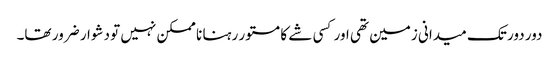
دور دور تک میدانی زمین تھی اور کسی شے کا مستور رہنا نا ممکن نہیں تو دشوار ضرور تھا۔